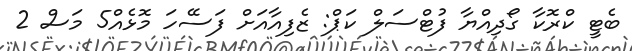
ބެޓީ ކްރޮކާ ގޯދިއްޔާ ފުޓްސަލް ކަޕް: ޒެފިއާއަށް ފަސޭހަ މޮޅެއް5 މަސް 2